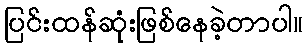
ပြင်းထန်ဆုံးဖြစ်နေခဲ့တာပါ။